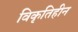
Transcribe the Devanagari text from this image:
विकृतिहीन